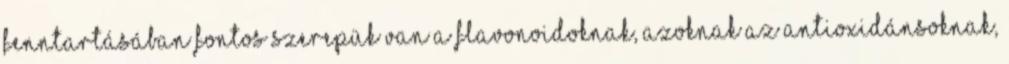
fenntartásában fontos szerepük van a flavonoidoknak, azoknak az antioxidánsoknak,